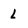
Character: l